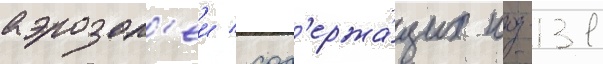
аэрозол'еи / сод'ержа́щих иод-131